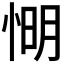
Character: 𢜠